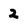
Character: 2